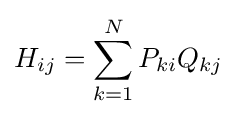
H_{ij}=\sum _{k=1}^{N}P_{ki}Q_{kj}